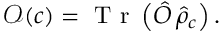
\mathcal { O } ( c ) = \mathrm { ~ T ~ r ~ } \left( \hat { O } \, \hat { \rho } _ { c } \right) .